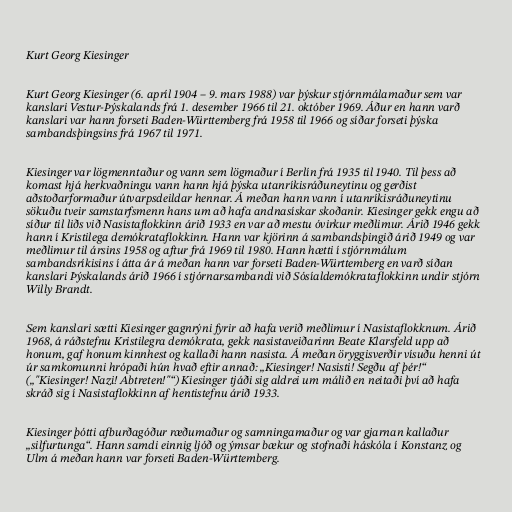
Kurt Georg Kiesinger

Kurt Georg Kiesinger (6. apríl 1904 – 9. mars 1988) var þýskur stjórnmálamaður sem var
kanslari Vestur-Þýskalands frá 1. desember 1966 til 21. október 1969. Áður en hann varð
kanslari var hann forseti Baden-Württemberg frá 1958 til 1966 og síðar forseti þýska
sambandsþingsins frá 1967 til 1971.

Kiesinger var lögmenntaður og vann sem lögmaður í Berlín frá 1935 til 1940. Til þess að
komast hjá herkvaðningu vann hann hjá þýska utanríkisráðuneytinu og gerðist
aðstoðarformaður útvarpsdeildar hennar. Á meðan hann vann í utanríkisráðuneytinu
sökuðu tveir samstarfsmenn hans um að hafa andnasískar skoðanir. Kiesinger gekk engu að
síður til liðs við Nasistaflokkinn árið 1933 en var að mestu óvirkur meðlimur. Árið 1946 gekk
hann í Kristilega demókrataflokkinn. Hann var kjörinn á sambandsþingið árið 1949 og var
meðlimur til ársins 1958 og aftur frá 1969 til 1980. Hann hætti í stjórnmálum
sambandsríkisins í átta ár á meðan hann var forseti Baden-Württemberg en varð síðan
kanslari Þýskalands árið 1966 í stjórnarsambandi við Sósíaldemókrataflokkinn undir stjórn
Willy Brandt.

Sem kanslari sætti Kiesinger gagnrýni fyrir að hafa verið meðlimur í Nasistaflokknum. Árið
1968, á ráðstefnu Kristilegra demókrata, gekk nasistaveiðarinn Beate Klarsfeld upp að
honum, gaf honum kinnhest og kallaði hann nasista. Á meðan öryggisverðir vísuðu henni út
úr samkomunni hrópaði hún hvað eftir annað: „Kiesinger! Nasisti! Segðu af þér!“
(„"Kiesinger! Nazi! Abtreten!"“) Kiesinger tjáði sig aldrei um málið en neitaði því að hafa
skráð sig í Nasistaflokkinn af hentistefnu árið 1933.

Kiesinger þótti afburðagóður ræðumaður og samningamaður og var gjarnan kallaður
„silfurtunga“. Hann samdi einnig ljóð og ýmsar bækur og stofnaði háskóla í Konstanz og
Ulm á meðan hann var forseti Baden-Württemberg.